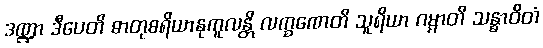
ဒဏ္ဍာ ဒီပေတိ ဓာတုစရိယာနုကူလန္တိ လက္ခဏေတိ သူရိယာ ဂမ္မာတိ သန္ဓာဝိတံ